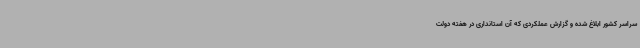
سراسر کشور ابلاغ شده و گزارش عملکردی که آن استانداری در هفته دولت